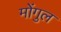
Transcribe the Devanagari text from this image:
मोंगुल